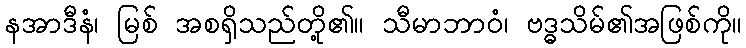
နအာဒီနံ၊ မြစ် အစရှိသည်တို့၏။ သီမာဘာဝံ၊ ဗဒ္ဓသိမ်၏အဖြစ်ကို။